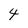
Character: 4